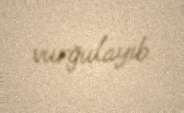
vurğulayıb.